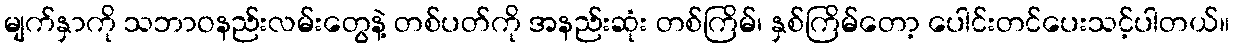
မျက်နှာကို သဘာဝနည်းလမ်းတွေနဲ့ တစ်ပတ်ကို အနည်းဆုံး တစ်ကြိမ်၊ နှစ်ကြိမ်တော့ ပေါင်းတင်ပေးသင့်ပါတယ်။